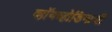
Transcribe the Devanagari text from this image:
व्हॉयव्होडिनाची